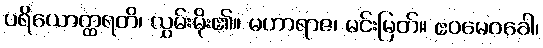
ပရိယောတ္ထရတိ၊ လွှမ်းမိုး၏။ မဟာရာဇ၊ မင်းမြတ်။ ဧဝမေဝခေါ၊